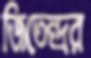
জিতেন্দ্রর